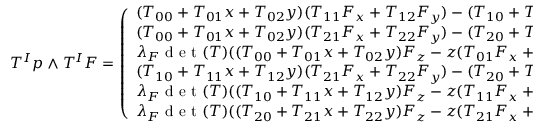
\begin{array} { r } { T ^ { I } p \wedge T ^ { I } F = \left( \begin{array} { l } { ( T _ { 0 0 } + T _ { 0 1 } x + T _ { 0 2 } y ) ( T _ { 1 1 } F _ { x } + T _ { 1 2 } F _ { y } ) - ( T _ { 1 0 } + T _ { 1 1 } x + T _ { 1 2 } y ) ( T _ { 0 1 } F _ { x } + T _ { 0 2 } F _ { y } ) } \\ { ( T _ { 0 0 } + T _ { 0 1 } x + T _ { 0 2 } y ) ( T _ { 2 1 } F _ { x } + T _ { 2 2 } F _ { y } ) - ( T _ { 2 0 } + T _ { 2 1 } x + T _ { 2 2 } y ) ( T _ { 0 1 } F _ { x } + T _ { 0 2 } F _ { y } ) } \\ { \lambda _ { F } \mathrm { ~ d ~ e ~ t ~ } ( T ) ( ( T _ { 0 0 } + T _ { 0 1 } x + T _ { 0 2 } y ) F _ { z } - z ( T _ { 0 1 } F _ { x } + T _ { 0 2 } F _ { y } ) ) } \\ { ( T _ { 1 0 } + T _ { 1 1 } x + T _ { 1 2 } y ) ( T _ { 2 1 } F _ { x } + T _ { 2 2 } F _ { y } ) - ( T _ { 2 0 } + T _ { 2 1 } x + T _ { 2 2 } y ) ( T _ { 1 1 } F _ { x } + T _ { 1 2 } F _ { y } ) } \\ { \lambda _ { F } \mathrm { ~ d ~ e ~ t ~ } ( T ) ( ( T _ { 1 0 } + T _ { 1 1 } x + T _ { 1 2 } y ) F _ { z } - z ( T _ { 1 1 } F _ { x } + T _ { 1 2 } F _ { y } ) ) } \\ { \lambda _ { F } \mathrm { ~ d ~ e ~ t ~ } ( T ) ( ( T _ { 2 0 } + T _ { 2 1 } x + T _ { 2 2 } y ) F _ { z } - z ( T _ { 2 1 } F _ { x } + T _ { 2 2 } F _ { y } ) ) } \end{array} \right) . } \end{array}